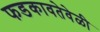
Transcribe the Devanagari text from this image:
फडकावतेवेळी